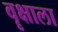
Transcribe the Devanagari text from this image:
वॄक्षाला